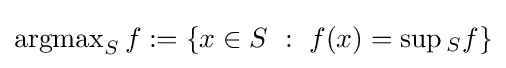
\operatorname {argmax} _{S}f:=\left\{x\in S~:~f(x)=\sup {}_{S}f\right\}